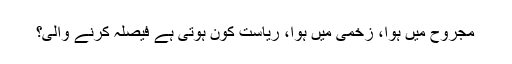
مجروح میں ہوا، زخمی میں ہوا، ریاست کون ہوتی ہے فیصلہ کرنے والی؟